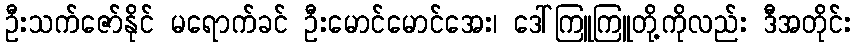
ဦးသက်ဇော်နိုင် မရောက်ခင် ဦးမောင်မောင်အေး၊ ဒေါ်ကြူကြူတို့ကိုလည်း ဒီအတိုင်း